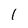
Character: 1